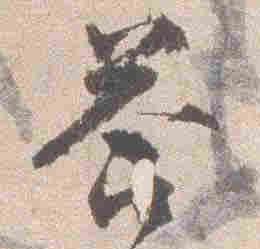
答